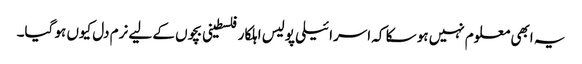
یہ ابھی معلوم نہیں ہو سکا کہ اسرائیلی پولیس اہلکار فلسطینی بچوں کے لیے نرم دل کیوں ہو گیا۔